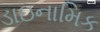
ડાઇનામિક